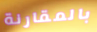
بالمقارنة